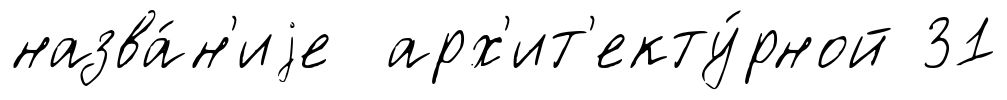
назва́н'иjе арх'ит'екту́рной 31